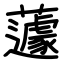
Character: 蘧